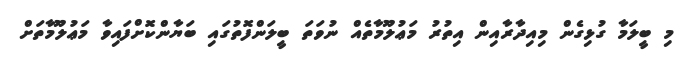
މި ބީލަމާ ގުޅިގެން މިއިދާރާއިން އިތުރު މަޢުލޫމާތެއް ނުވަތަ ބީލަންފޮތުގައި ބަޔާންކޮށްފައިވާ މަޢުލޫމާތަށް